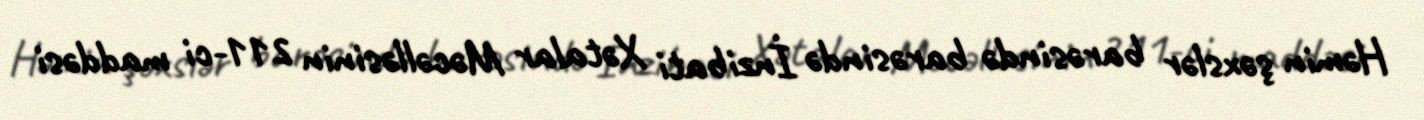
Həmin şəxslər barəsində barəsində İnzibati Xətalar Məcəlləsinin 211-ci maddəsi